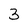
Character: 3